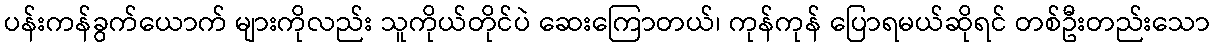
ပန်းကန်ခွက်ယောက် များကိုလည်း သူကိုယ်တိုင်ပဲ ဆေးကြောတယ်၊ ကုန်ကုန် ပြောရမယ်ဆိုရင် တစ်ဦးတည်းသော